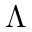
\Lambda